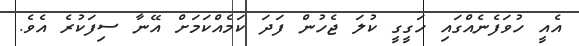
އެއީ ހުވަފެނެއްގައި ހަގީގީ ކުލަ ޖެހުން ފަދަ ކަމެއްކަމަށް އޭނާ ސިފަކުރެ އެވެ.